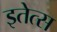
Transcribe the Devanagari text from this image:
इतेत्स